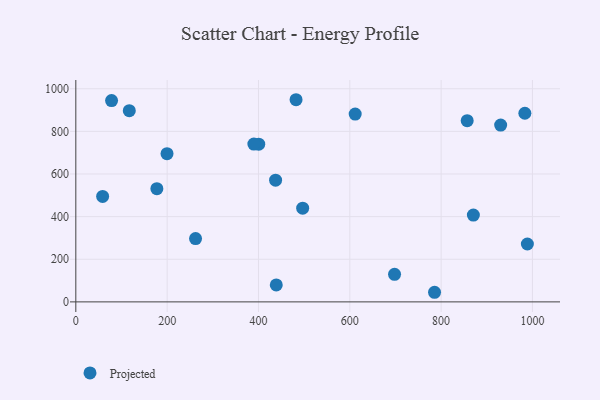
{"axis": {"x": "Speed", "y": "Rating"}, "legend": ["Projected"], "data": [{"x": "439.0", "y": 79.8, "type": "Projected"}, {"x": "988.9", "y": 271.5, "type": "Projected"}, {"x": "930.4", "y": 829.7, "type": "Projected"}, {"x": "58.7", "y": 494.7, "type": "Projected"}, {"x": "870.6", "y": 407.2, "type": "Projected"}, {"x": "857.1", "y": 850.1, "type": "Projected"}, {"x": "785.6", "y": 45.1, "type": "Projected"}, {"x": "199.7", "y": 695.2, "type": "Projected"}, {"x": "437.5", "y": 571.2, "type": "Projected"}, {"x": "262.2", "y": 297.1, "type": "Projected"}, {"x": "496.8", "y": 439.8, "type": "Projected"}, {"x": "177.5", "y": 530.9, "type": "Projected"}, {"x": "117.1", "y": 897.2, "type": "Projected"}, {"x": "400.6", "y": 739.9, "type": "Projected"}, {"x": "482.3", "y": 948.4, "type": "Projected"}, {"x": "983.4", "y": 885.0, "type": "Projected"}, {"x": "611.8", "y": 881.1, "type": "Projected"}, {"x": "698.0", "y": 129.4, "type": "Projected"}, {"x": "389.9", "y": 740.3, "type": "Projected"}, {"x": "78.3", "y": 944.2, "type": "Projected"}]}